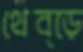
থেব্‌ড়ে